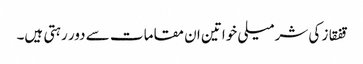
قفقاز کی شرمیلی خواتین ان مقامات سے دور رہتی ہیں۔